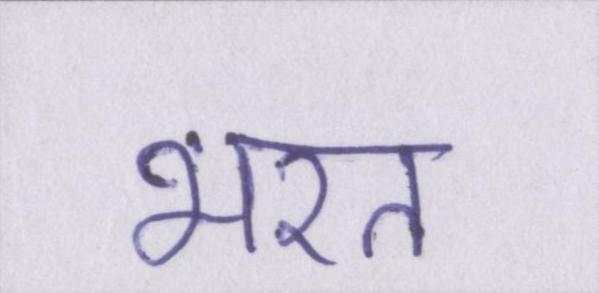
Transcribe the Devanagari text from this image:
भरत